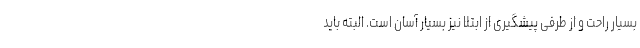
بسیار راحت و از طرفی پیشگیری از ابتلا نیز بسیار آسان است. البته باید